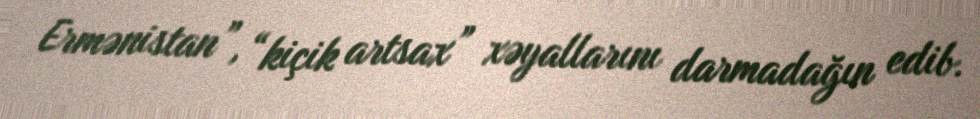
Ermənistan”, “kiçik artsax” xəyallarını darmadağın edib.